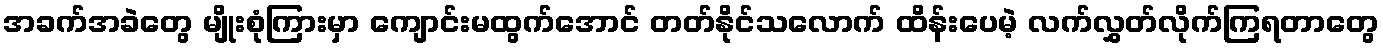
အခက်အခဲတွေ မျိုးစုံကြားမှာ ကျောင်းမထွက်အောင် တတ်နိုင်သလောက် ထိန်းပေမဲ့ လက်လွှတ်လိုက်ကြရတာတွေ